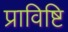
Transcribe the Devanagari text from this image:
प्राविष्टि